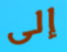
إلى